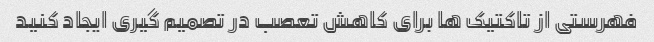
فهرستی از تاکتیک ها برای کاهش تعصب در تصمیم گیری ایجاد کنید